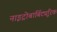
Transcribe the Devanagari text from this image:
नाइट्रोबार्बिट्यूरिक